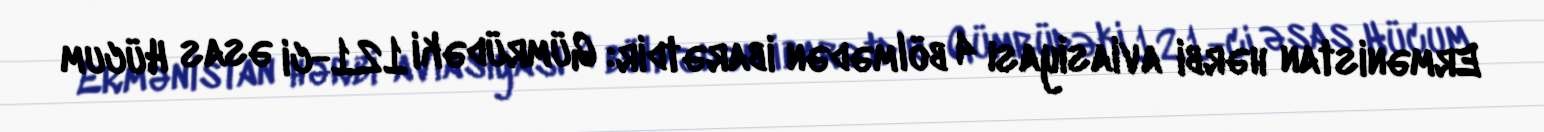
Ermənistan hərbi aviasiyası 4 bölmədən ibarətdir: Gümrüdəki 121-ci əsas Hücum